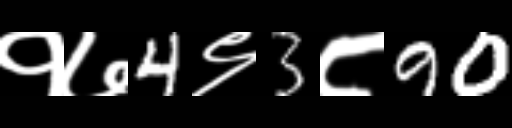
Text: १७4९3८90